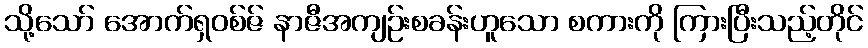
သို့သော် အောက်ရှဝစ်ဇ် နာဇီအကျဉ်းစခန်းဟူသော စကားကို ကြားပြီးသည့်တိုင်